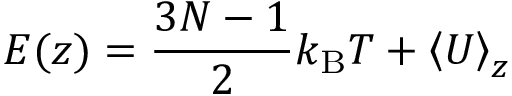
E ( z ) = \frac { 3 N - 1 } { 2 } k _ { \mathrm { B } } T + \left< U \right> _ { z }